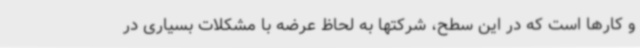
و کارها است که در این سطح، شرکتها به لحاظ عرضه با مشکلات بسیاری در